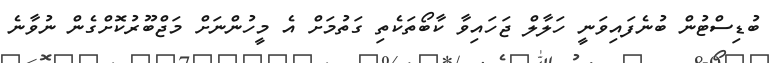
ބުޑިސްޓުން ބުނެފައިވަނީ ހަލާލް ޖަހައިވާ ކާބޯތަކެތި ގަތުމަށް އެ މީހުންނަށް މަޖްބޫރުކޮށްގެން ނުވާނެ